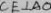
C E \bot A O